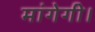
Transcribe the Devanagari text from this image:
मांगेगी।